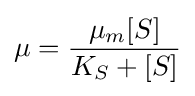
\mu ={\frac {\mu _{m}[S]}{K_{S}+[S]}}